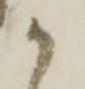
か